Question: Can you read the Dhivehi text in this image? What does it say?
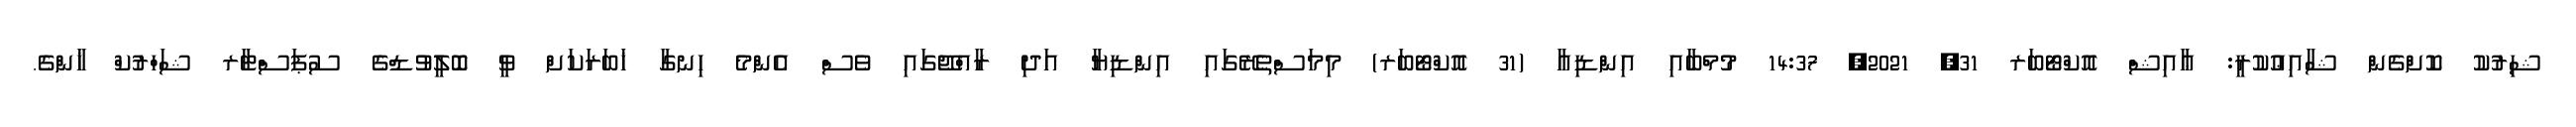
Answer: ޝިރުކު ކޮށްގެން ޝާއިޢުކުރީ: ޢާއިޝް އޮކްޓޯބަރ 31, 2021, 14:37 މުމްބާއި އިންޑިއާ (31 އޮކްޓޯބަރ) މިމަސްތެރޭގައި އިންޑިޔާ އަދި ރާއްޖޭގައި ވެސް އެންމެ ހިނގާ ޚަބަރަކަށް ވީ ބޮލީވުޑްގެ ސުޕަސްޓާރ ޝަހްރުކް ޚާންގެ.